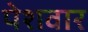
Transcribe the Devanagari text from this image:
पेशवार